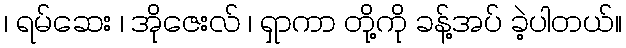
၊ ရမ်ဆေး ၊ အိုဇေးလ် ၊ ရှာကာ တို့ကို ခန့်အပ် ခဲ့ပါတယ်။